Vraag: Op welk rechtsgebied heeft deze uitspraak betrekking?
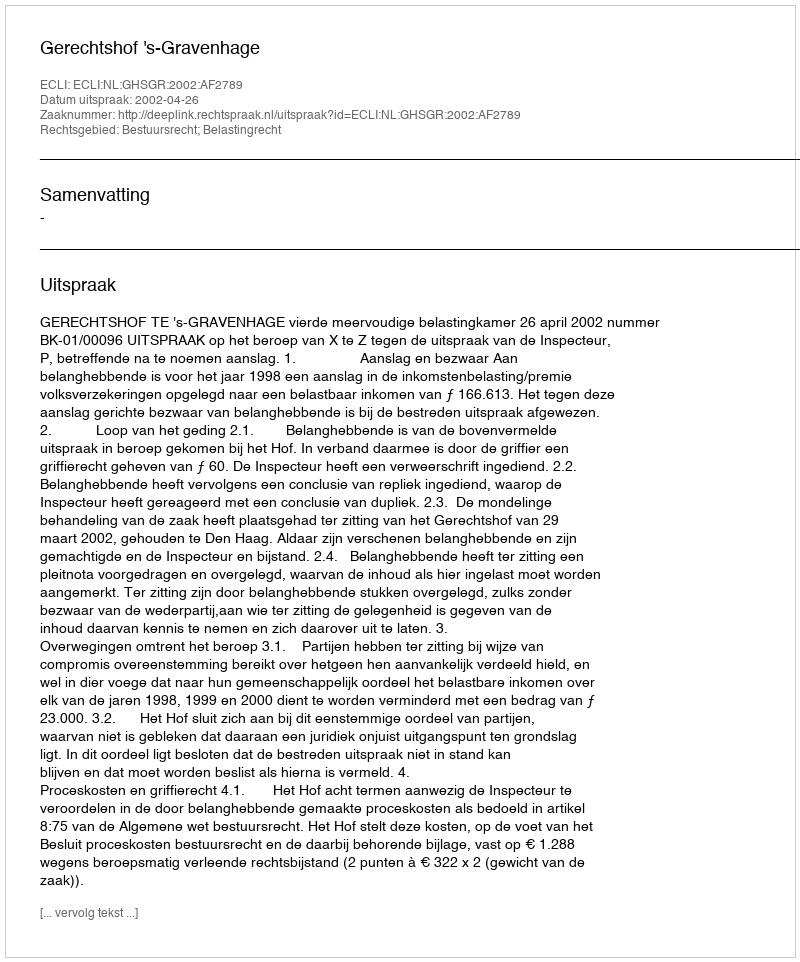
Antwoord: Bestuursrecht; Belastingrecht